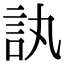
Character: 訙